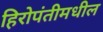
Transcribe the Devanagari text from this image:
हिरोपंतीमधील